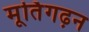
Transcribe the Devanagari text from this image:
मूर्तिगढ़न